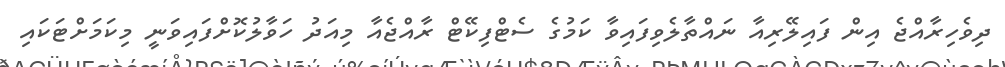
ދިވެހިރާއްޖެ އިން ފައިލޭރިއާ ނައްތާލެވިފައިވާ ކަމުގެ ސެޓްފިކޭޓް ރާއްޖެއާ މިއަދު ހަވާލުކޮށްފައިވަނީ މިކަމަށްޓަކައި